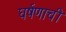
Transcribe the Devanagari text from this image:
घर्षणाची